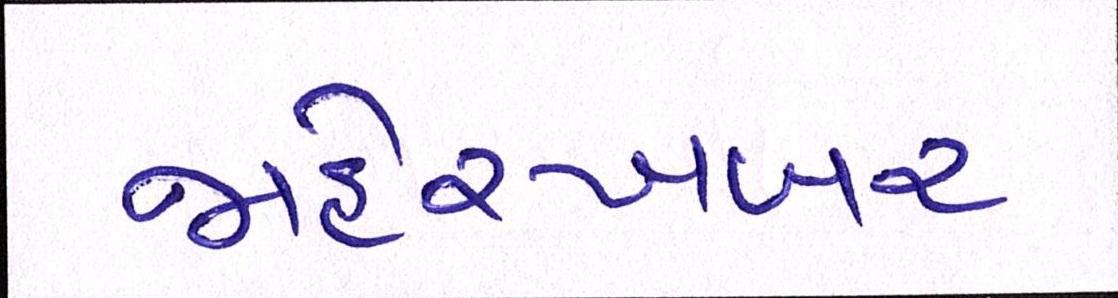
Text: જાહેરખબર